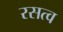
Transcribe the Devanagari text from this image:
रसत्व